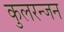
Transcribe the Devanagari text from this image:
कुलरन्जन